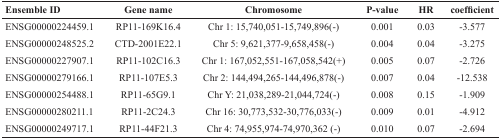
| Ensemble ID | Gene name | Chromosome | P-value | HR | coefficient |
 | --- | --- | --- | --- | --- | --- |
 | ENSG00000224459.1 | RP11-169K16.4 | Chr 1: 15,740,051-15,749,896(-) | 0.001 | 0.03 | -3.577 |
 | ENSG00000248525.2 | CTD-2001E22.1 | Chr 5: 9,621,377-9,658,458(-) | 0.004 | 0.04 | -3.275 |
 | ENSG00000227907.1 | RP11-102C16.3 | Chr 1: 167,052,551-167,058,542(+) | 0.005 | 0.07 | -2.726 |
 | ENSG00000279166.1 | RP11-107E5.3 | Chr 2: 144,494,265-144,496,878(-) | 0.007 | 0.04 | -12.538 |
 | ENSG00000254488.1 | RP11-65G9.1 | Chr Y: 21,038,289-21,044,724(-) | 0.008 | 0.15 | -1.909 |
 | ENSG00000280211.1 | RP11-2C24.3 | Chr 16: 30,773,532-30,776,033(-) | 0.009 | 0.01 | -4.912 |
 | ENSG00000249717.1 | RP11-44F21.3 | Chr 4: 74,955,974-74,970,362 (-) | 0.010 | 0.07 | -2.694 |